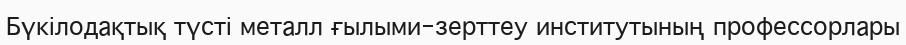
Бүкілодақтық түсті металл ғылыми-зерттеу институтының профессорлары